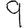
Digit: 9